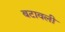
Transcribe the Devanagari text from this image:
बटावली